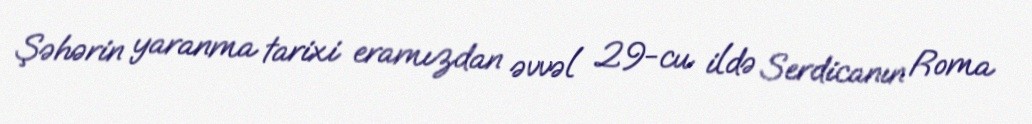
Şəhərin yaranma tarixi eramızdan əvvəl 29-cu ildə Serdicanın Roma